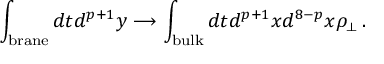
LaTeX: \int _ { \mathrm { { b r a n e } } } d t d ^ { p + 1 } y \longrightarrow \int _ { { \mathrm { b u l k } } } d t d ^ { p + 1 } x d ^ { 8 - p } x \rho _ { \perp } \, .